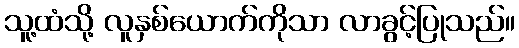
သူ့ထံသို့ လူနှစ်ယောက်ကိုသာ လာခွင့်ပြုသည်။